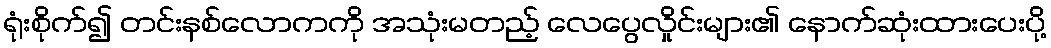
ရုံးစိုက်၍ တင်းနစ်လောကကို အသုံးမတည့် လေပွေလှိုင်းများ၏ နောက်ဆုံးထားပေးပို့